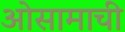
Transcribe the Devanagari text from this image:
ओसामाची